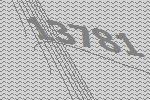
13781